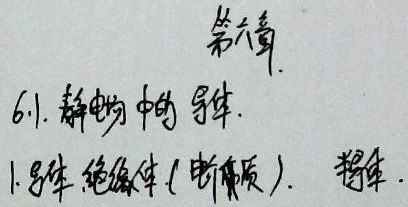
第六章6.1. 静电中的导体
1.导体 绝缘体(电介质).  电容.